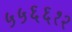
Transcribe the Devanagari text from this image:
५५६६१२